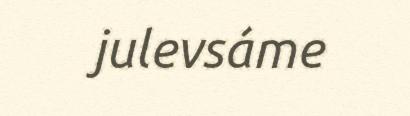
julevsáme